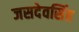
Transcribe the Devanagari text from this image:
जसदेवसिंह